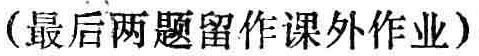
（最后两题留作课外作业）